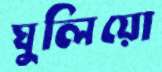
ঘুলিয়ো